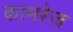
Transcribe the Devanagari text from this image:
कामरेज